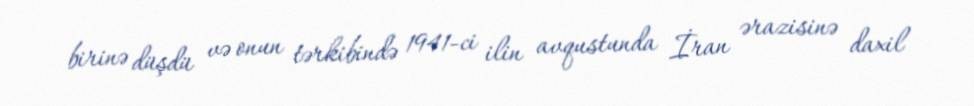
birinə düşdü və onun tərkibində 1941-ci ilin avqustunda İran ərazisinə daxil